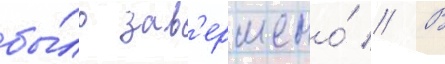
бы́ло зав'ершено́ // В